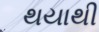
થયાથી